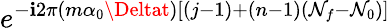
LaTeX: e^{-\mathbf{i}2\pi(m\alpha_{0}\Deltat)[{(j-1)+(n-1)(\mathcal{N}_{f}-\mathcal{N}_{0})}]}